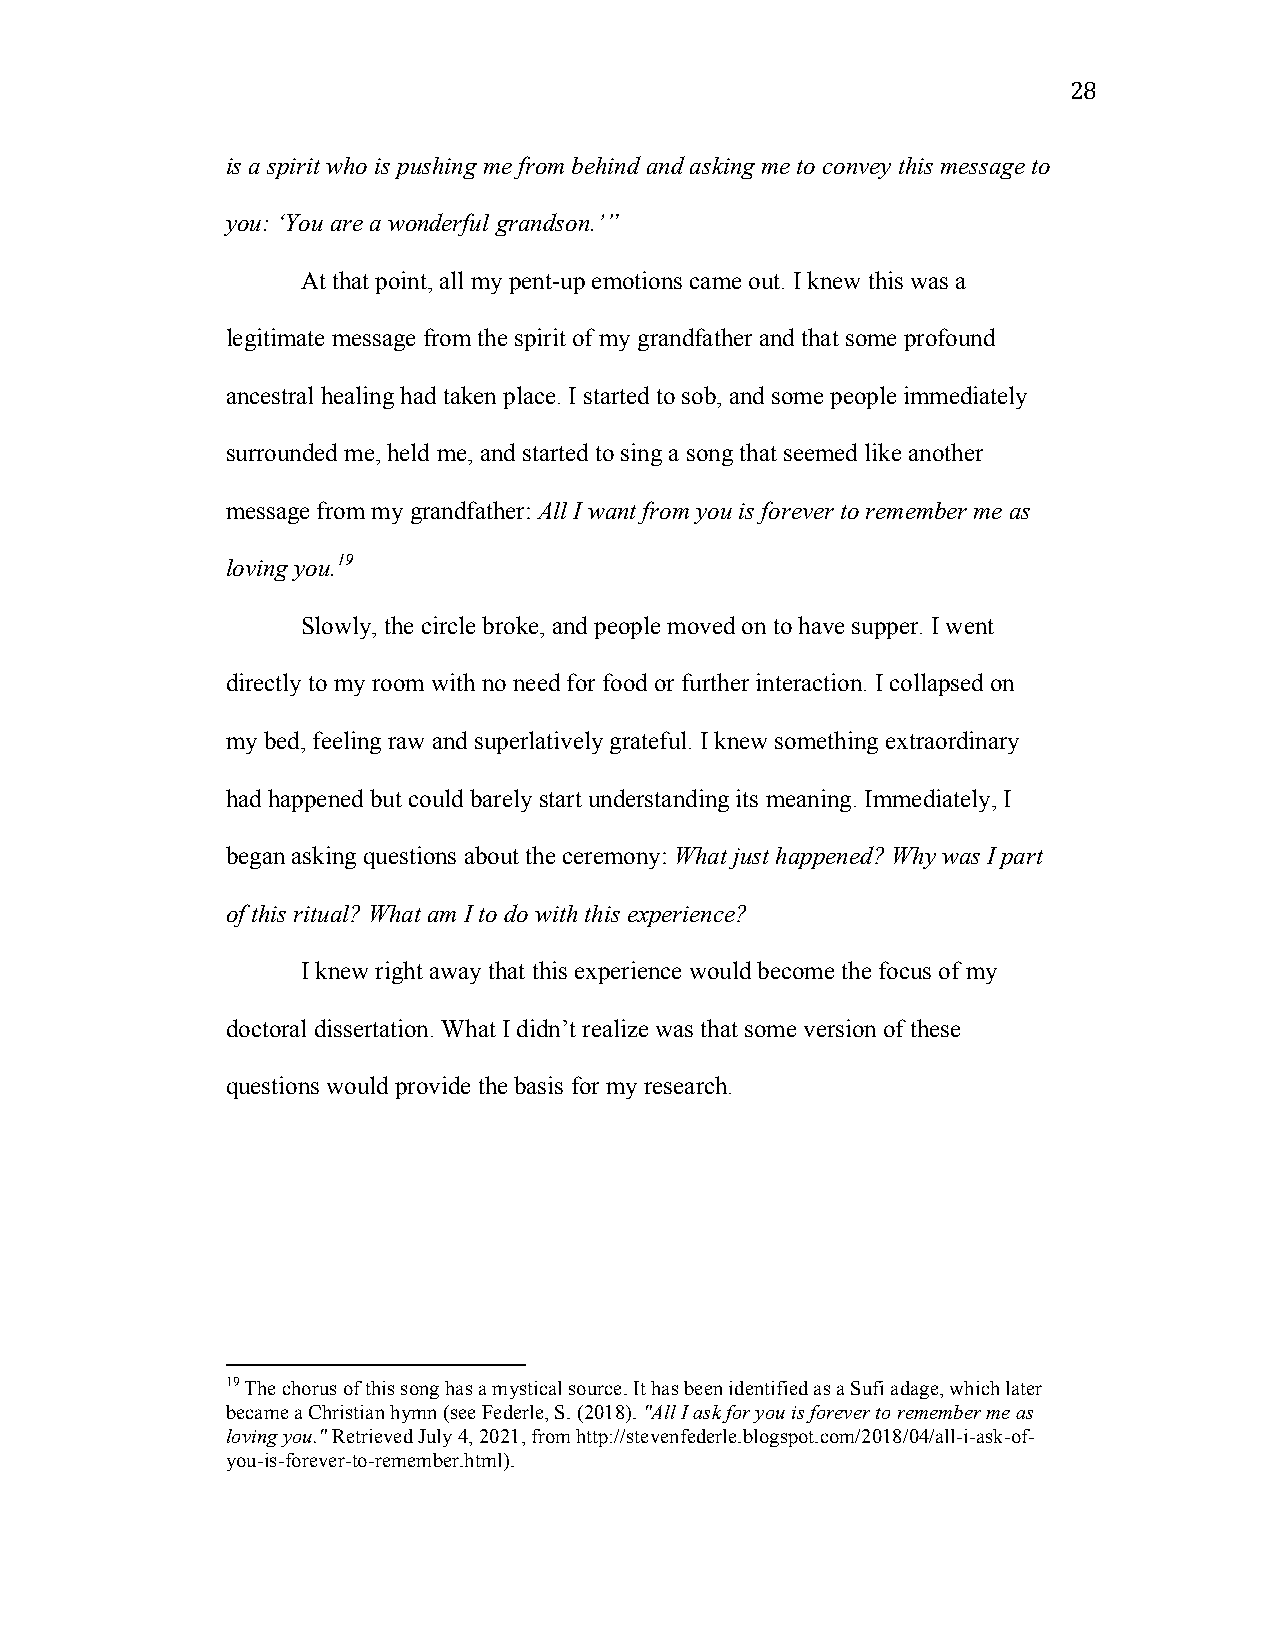
28
 is a spirit who is pushing me from behind and asking me to convey this message to
 you: ‘You are a wonderful grandson.’”
 At that point, all my pent-up emotions came out. I knew this was a
 legitimate message from the spirit of my grandfather and that some profound
 ancestral healing had taken place. I started to sob, and some people immediately
 surrounded me, held me, and started to sing a song that seemed like another
 message from my grandfather: All I want from you is forever to remember me as
 loving you.19
 Slowly, the circle broke, and people moved on to have supper. I went
 directly to my room with no need for food or further interaction. I collapsed on
 my bed, feeling raw and superlatively grateful. I knew something extraordinary
 had happened but could barely start understanding its meaning. Immediately, I
 began asking questions about the ceremony: What just happened? Why was I part
 of this ritual? What am I to do with this experience?
 I knew right away that this experience would become the focus of my
 doctoral dissertation. What I didn’t realize was that some version of these
 questions would provide the basis for my research.
 19 The chorus of this song has a mystical source. It has been identified as a Sufi adage, which later
 became a Christian hymn (see Federle, S. (2018). "All I ask for you is forever to remember me as
 loving you." Retrieved July 4, 2021, from http://stevenfederle.blogspot.com/2018/04/all-i-ask-of-
 you-is-forever-to-remember.html).